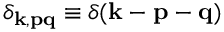
\delta _ { { \bf k } , { \bf p } { \bf q } } \equiv \delta ( { \bf k } - { \bf p } - { \bf q } )